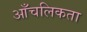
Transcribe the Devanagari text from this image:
आँचलिकता